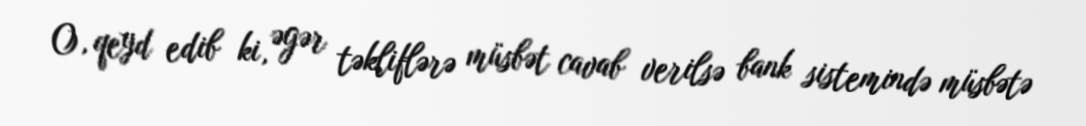
O, qeyd edib ki, əgər təkliflərə müsbət cavab verilsə bank sistemində müsbətə